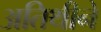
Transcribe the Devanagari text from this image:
अतिथीने